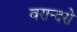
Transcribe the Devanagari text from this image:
बरान्दरो